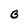
Character: B